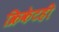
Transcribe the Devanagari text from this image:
क्रिकेटही